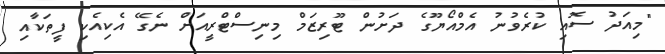
"މިއަދު ސޮއި ކުރެވުނު އެމްއޯޔޫގެ ދަށުން ޓޫރިޒަމް މިނިސްޓްރީއަށް ނެގޭ އެކިއެކި ފީތަކާއި